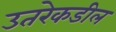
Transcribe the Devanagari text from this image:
उतरेकडील